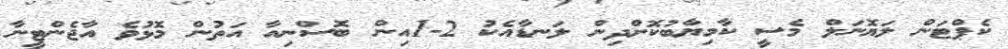
ކެޕްޓަން ލަޔޮނަލް މެސީ ކާމިޔާބުކޮށްދިން ލަނޑާއެކު 2-1އިން ބޮސްނިއާ އަތުން މޮޅުވެ އާޖެންޓީނާ